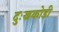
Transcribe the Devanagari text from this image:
दुःखकोडी